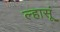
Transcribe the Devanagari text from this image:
ल्हासूं